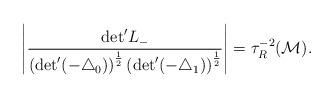
LaTeX: \begin{align*}\left | \frac{{\rm det}^{\prime} L_{-}}{\left({\rm det}^{\prime} (- {\triangle}_{0})\right)^{\frac{1}{2}} \left({\rm det}^{\prime} (- {\triangle}_{1})\right)^{\frac{1}{2}}} \right | = {\tau}_{R}^{-2}({\cal M}). \end{align*}